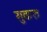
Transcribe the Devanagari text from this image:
सुकरु